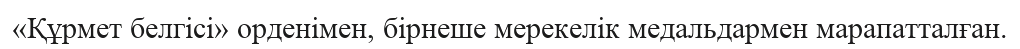
«Құрмет белгісі» орденімен, бірнеше мерекелік медальдармен марапатталған.